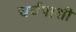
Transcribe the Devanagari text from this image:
चर्चपाशी